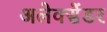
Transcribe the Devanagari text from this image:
अलेक्सेंडर